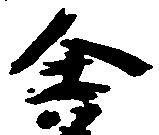
舎